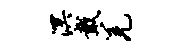
溟戴羌